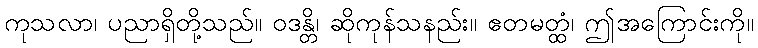
ကုသလာ၊ ပညာရှိတို့သည်။ ဝဒန္တိ၊ ဆိုကုန်သနည်း။ ဧတမတ္ထံ၊ ဤအကြောင်းကို။